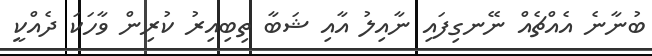
ބުނާނެ އެއްޗެއް ނޭނގިފައި ނާއިލު އާއި ޝަބާ ތިބިއިރު ކުރިން ވާހަކަ ދެއްކީ